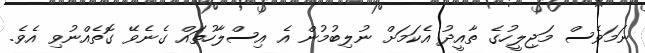
ނަމަވެސް މަޖިލީހުގެ ތާއީދު އެކަމަށް ނުލިބުމުން އެ އިސްލާހުތައް ގެނެވޭ ގޮތެއްނުވި އެވެ.